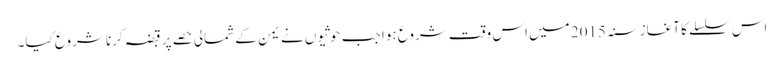
اس سلسلے کا آغاز سنہ 2015 میں اس وقت شروع ہوا جب حوثیوں نے یمن کے شمالی حصے پر قبضہ کرنا شروع کیا۔